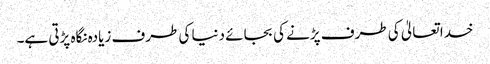
خدا تعالیٰ کی طرف پڑنے کی بجائے دنیا کی طرف زیادہ نگاہ پڑتی ہے۔